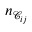
n _ { \mathcal { C } _ { i j } }